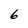
Character: 6